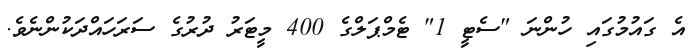
އެ ގައުމުގައި ހުންނަ "ސެޓީ 1" ޓެމްޕަލްގެ 400 މީޓަރު ދުރުގެ ސަރަހައްދަކުންނެވެ.